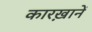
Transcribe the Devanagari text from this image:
कारख़ानें